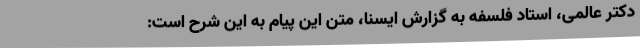
دکتر عالمی، استاد فلسفه به گزارش ایسنا، متن این پیام به این شرح است: